Document type: Sale
Year: 1435
Scribe: Pere Soler
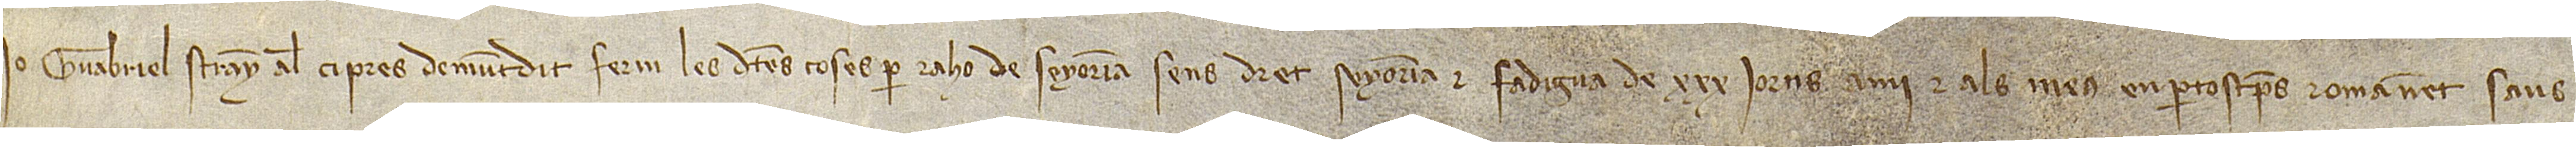
Jo Guabriel Strany, àlies Ciprès, demuntdit, ferm les dites coses per rahó de senyoria, sens, dret, senyoria e fadígua de XXX jorns a mi et als meus enpertostemps romanent saüs.